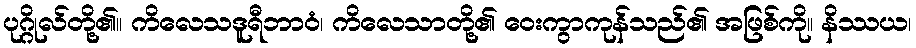
ပုဂ္ဂိုလ်တို့၏။ ကိလေသဒူရီဘာဝံ၊ ကိလေသာတို့၏ ဝေးကွာကုန်သည်၏ အဖြစ်ကို။ နိဿယ၊